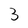
Character: 3